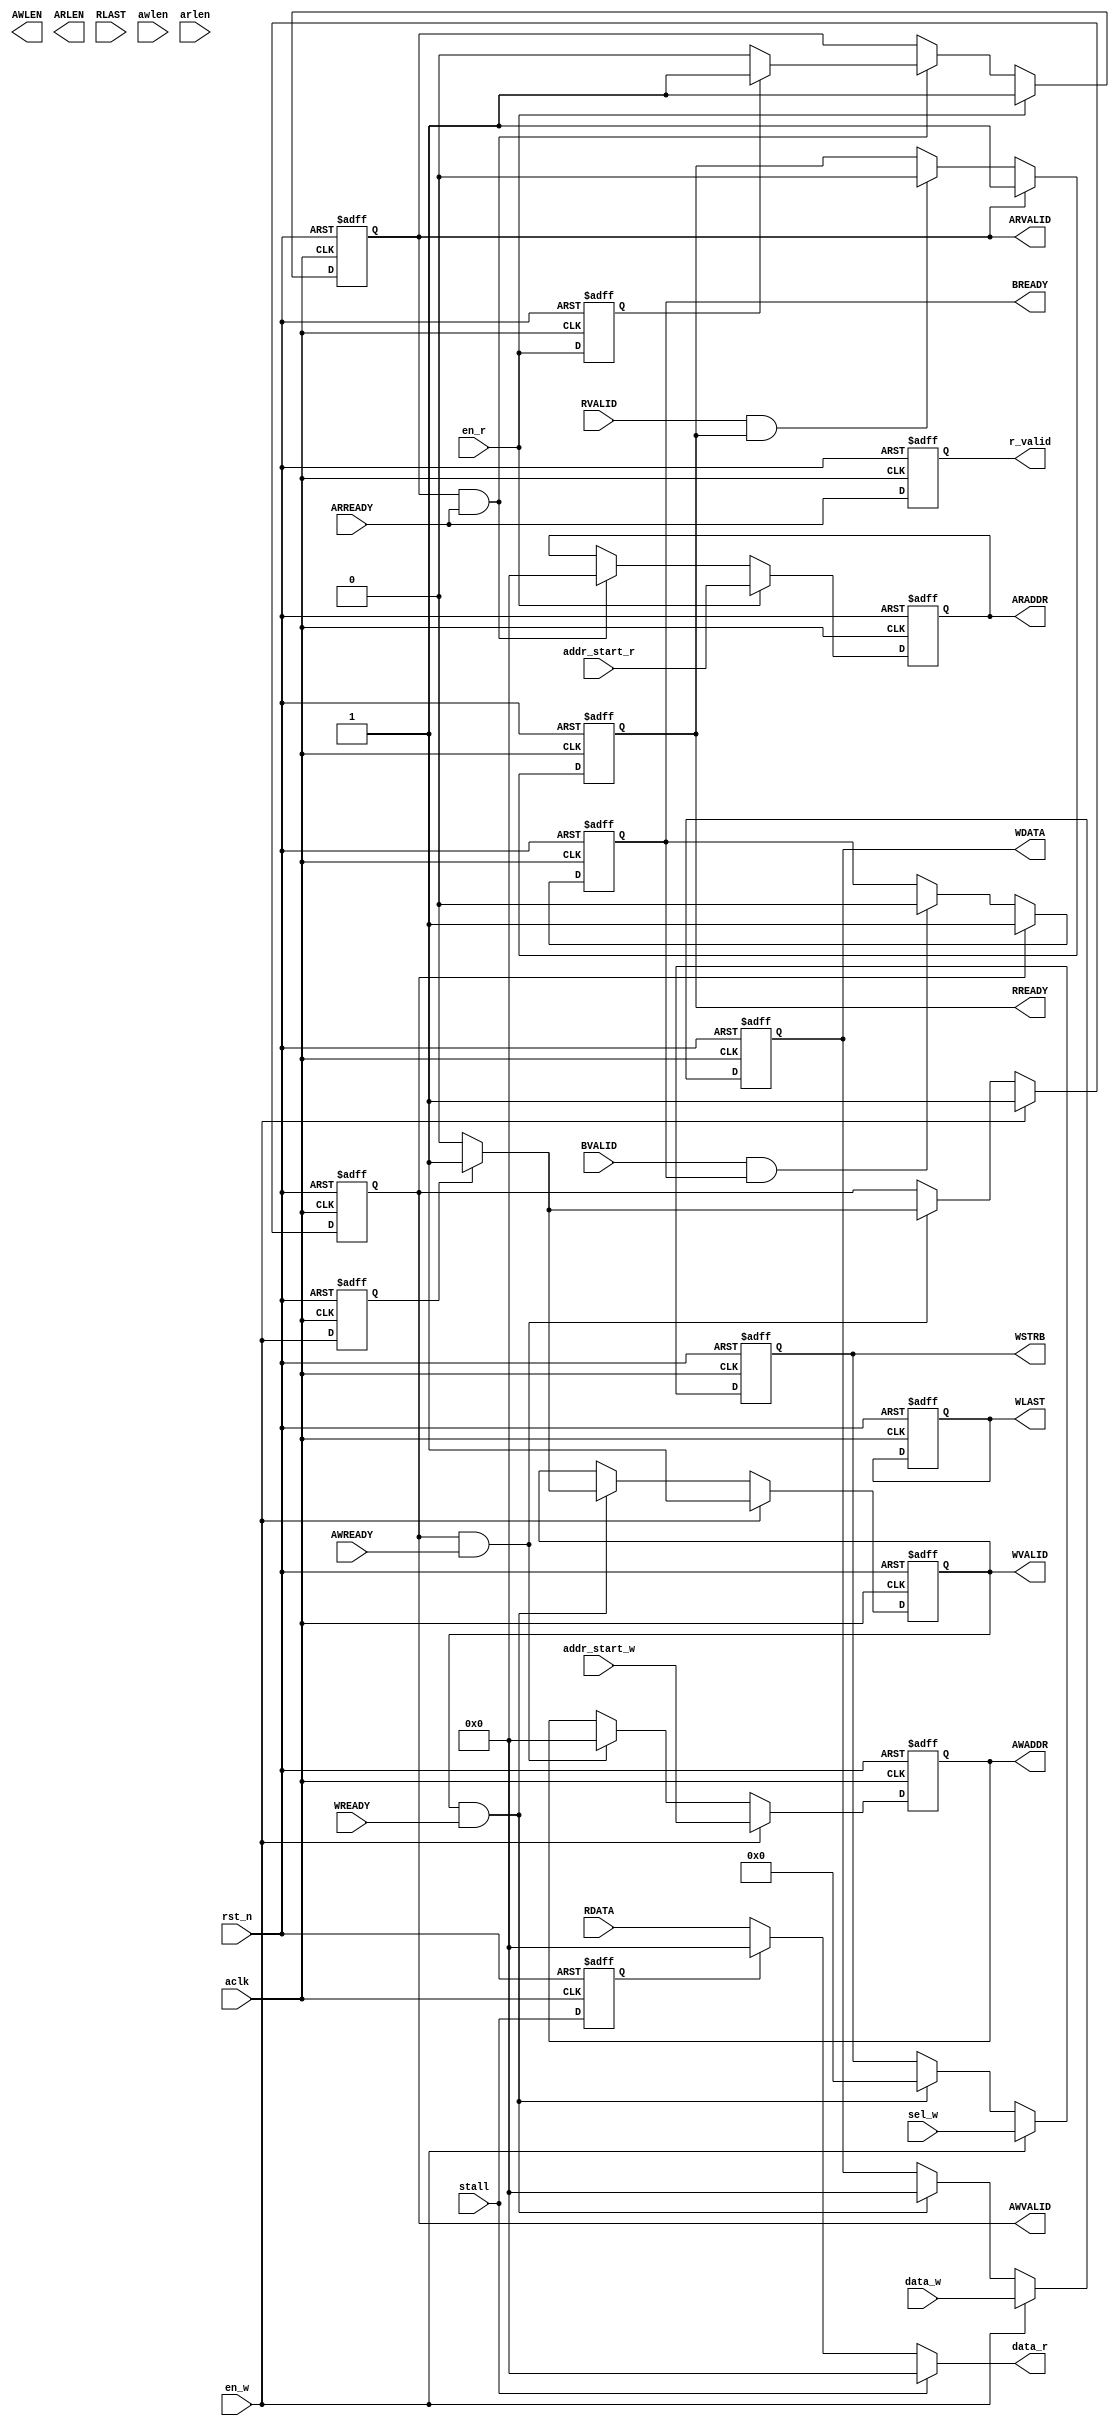
module axi_master 
#(
    parameter ADDR_WIDTH = 64,
              DATA_WIDTH = 64,
              ADDR_SEL   = 8 
)
(
    //  Gobal signal
    input wire              aclk,
    input wire              rst_n,

    //  Write address
    input wire                      AWREADY,
    output reg [ADDR_WIDTH-1:0]     AWADDR,
    output reg                      AWLEN,
    output reg                      AWVALID,

    //  Write data
    input wire                      WREADY,
    output reg [DATA_WIDTH-1:0]     WDATA,
    output reg                      WLAST,
    output reg                      WVALID,
    output reg [ADDR_SEL-1:0]       WSTRB,

    //  Write back
    input wire                      BVALID,
    output reg                      BREADY,

    //  Read address
    input wire                      ARREADY,
    output reg [ADDR_WIDTH-1:0]     ARADDR,
    output reg                      ARLEN,
    output reg                      ARVALID,

    //  Read data
    input wire [DATA_WIDTH-1:0]     RDATA,
    input wire                      RLAST,
    input wire                      RVALID,
    output reg                      RREADY,

    // stall
    input wire                      stall,

    //  interface
    input wire                      en_w,
    input wire                      en_r,
    input wire                      awlen,
    input wire                      arlen,
    input wire [ADDR_WIDTH-1:0]     addr_start_w,
    input wire [ADDR_SEL-1:0]       sel_w,
    input wire [ADDR_WIDTH-1:0]     addr_start_r,
    input wire [DATA_WIDTH-1:0]     data_w,
    output reg [DATA_WIDTH-1:0]     data_r,
    output reg                      r_valid            
);
    always @(posedge aclk or negedge rst_n ) begin
        if(!rst_n)begin
            r_valid <= 1'b0;
        end else begin
            r_valid <= ARREADY;
        end
    end
    reg stall1;

    //assign data_r = RDATA;
    always @(posedge aclk  or negedge rst_n ) begin
        if(!rst_n)begin
            stall1 <= 1'd0;
            //stall2 <= 1'd0;
        end else  begin
            stall1 <= stall;
            //stall2 <= stall1;
        end
    end
    always @(*) begin
        if(stall) begin
            data_r = 'd0;
        end else if(stall1)
            data_r = 'd0;
        else 
            data_r = RDATA;
    end        
    // FIXED INCR WRAP

    reg en_w1;
    always @(posedge aclk or negedge rst_n ) begin
        if(!rst_n)
            en_w1 <= 1'b0;
        else
            en_w1 <= en_w;
    end
    //  Write address ------------------------------------
    always @(posedge aclk or negedge rst_n ) begin
        if(!rst_n) begin
            AWVALID <= 1'b0;
        end else begin
            if(en_w) begin
                AWVALID <= 1'b1;
            end else if(AWVALID && AWREADY) begin
                if(en_w1)
                    AWVALID <= 1'b1;
                else
                    AWVALID <= 1'b0;
            end else begin
                AWVALID <= AWVALID;
            end
        end
    end //always

    /*
    always @(posedge aclk or negedge rst_n ) begin
        if(!rst_n) begin
            AWLEN <= 'd0;
        end else begin
            if(en_w) begin
                AWLEN <= awlen;
            //end else if(AWVALID && AWREADY) begin
            //    AWLEN <= 'd0;
            end else begin
                AWLEN <= AWLEN;
            end
        end
    end // always
    */
    always @(posedge aclk or negedge rst_n ) begin
        if(!rst_n) begin
            AWADDR <= 'd0;
        end else begin
            if(en_w) begin
                AWADDR <= addr_start_w;
            end else if(AWVALID && AWREADY) begin
                AWADDR <= 'd0;
            end else begin
                AWADDR <= AWADDR;
            end
        end
    end

    //  Write data ------------------------------------------------
    always @(posedge aclk or negedge rst_n ) begin
        if(!rst_n) begin
            WVALID <= 1'b0;
        end else begin
            if(en_w) begin
                WVALID <= 1'b1;
            end else if(WVALID && WREADY ) begin
                if(en_w1)
                    WVALID <= 1'b1;
                else
                    WVALID <= 1'b0;
            end else begin
                WVALID <= WVALID;
            end
        end
    end
    // WLAST
    always @(posedge aclk or negedge rst_n ) begin
        if(!rst_n) begin
            WLAST <= 1'b0;
        end 
    end

    always @(posedge aclk or negedge rst_n ) begin
        if(!rst_n) begin
            WDATA <= 'd0;
        end else begin
            if(en_w) begin
                WDATA <= data_w;
            end else if(WVALID && WREADY )begin
                WDATA <= 'd0;
            end else begin
                WDATA <= WDATA;
            end
        end
    end
    always @(posedge aclk or negedge rst_n ) begin
        if(!rst_n) begin
            WSTRB <= 'd0;
        end else begin
            if(en_w) begin
                WSTRB <= sel_w;
            end else if(WVALID && WREADY )begin
                WSTRB <= 'd0;
            end else begin
                WSTRB <= WSTRB;
            end
        end
    end
    //  Write response ------------------------------------
    always @(posedge aclk or negedge rst_n ) begin
        if(!rst_n) begin
            BREADY <= 'd0;
        end else begin
            if(AWVALID) begin
                BREADY <= 1'b1;
            end else if(BVALID && BREADY ) begin
                BREADY <= 1'b0;
            end else begin
                BREADY <= BREADY;
            end
        end
    end

    //  Read address -----------------------------------------
    reg en_r1;
    always @(posedge aclk or negedge rst_n ) begin
        if(!rst_n)
            en_r1 <= 1'b0;
        else
            en_r1 <= en_r;
    end

    always @(posedge aclk or negedge rst_n ) begin
        if(!rst_n) begin
            ARVALID <= 1'b0;
        end else begin
            if(en_r) begin
                ARVALID <= 1'b1;
            end else if(ARVALID && ARREADY) begin
                if(en_r1)
                    ARVALID <= 1'b1;
                else
                    ARVALID <= 1'b0;
            end else begin
                ARVALID <= ARVALID;
            end
        end
    end //always
    /*
    always @(posedge aclk or negedge rst_n ) begin
        if(!rst_n) begin
            ARLEN <= 'd0;
        end else begin
            if(en_r) begin
                ARLEN <= arlen;
            end else if(ARVALID && ARREADY) begin
                ARLEN <= 'd0;
            end else begin
                ARLEN <= ARLEN;
            end
        end
    end // always
    */
    always @(posedge aclk or negedge rst_n ) begin
        if(!rst_n) begin
            ARADDR <= 'd0;
        end else begin
            if(en_r) begin
                ARADDR <= addr_start_r;
            end else if(ARVALID && ARREADY) begin
                ARADDR <= 'd0;
            end else begin
                ARADDR <= ARADDR;
            end
        end
    end
    //  Read data -----------------------------------------------
    always @(posedge aclk or negedge rst_n ) begin
        if(!rst_n) begin
            RREADY <= 1'b0;
        end else begin
            if(ARVALID) begin
                RREADY <= 1'b1;
            end else if(RVALID && RREADY ) begin
                RREADY <= 1'b0;
            end else begin
                RREADY <= RREADY;
            end
        end
    end

    

endmodule